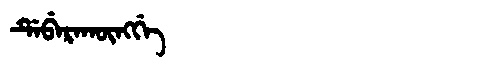
Manchu: ᡩᡝᠪᡝᡵᠠᡴᡡᠩᡤᡝ
Romanization: DEBERAKŪNGGE